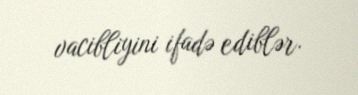
vacibliyini ifadə ediblər.